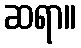
ဆရာ။